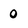
Character: 0